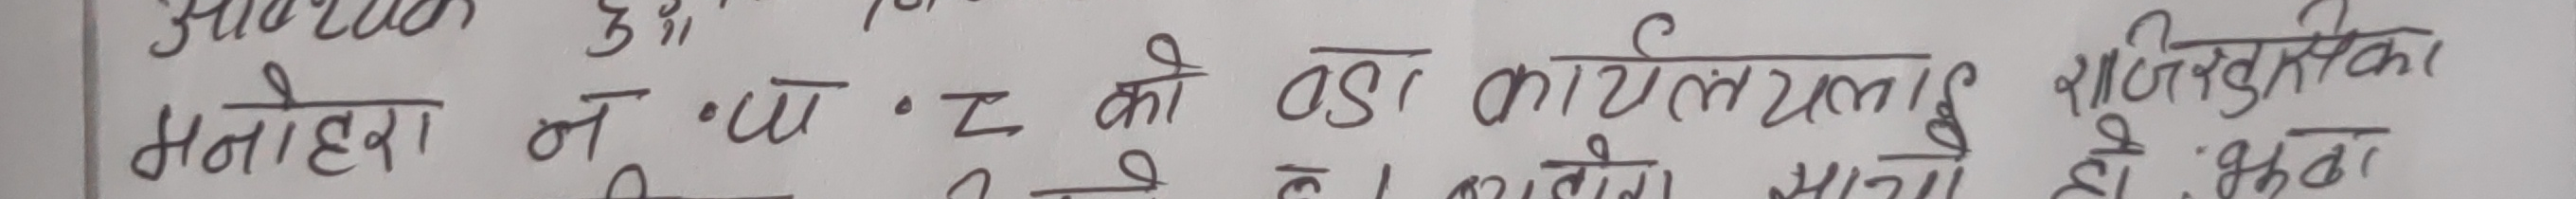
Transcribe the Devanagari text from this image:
अन्वेषक हु"
नहेरा न. पा. २ को वडा कार्यालयलाई सिफारिसतुका
छ: भुवड